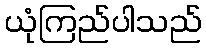
ယုံကြည်ပါသည်